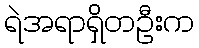
ရဲအရာရှိတဦးက